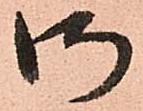
御